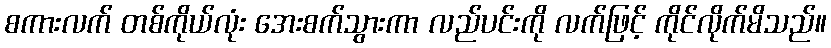
စကားလက် တစ်ကိုယ်လုံး အေးစက်သွားကာ လည်ပင်းကို လက်ဖြင့် ကိုင်လိုက်မိသည်။